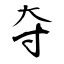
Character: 夺